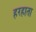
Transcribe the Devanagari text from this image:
हरहाता